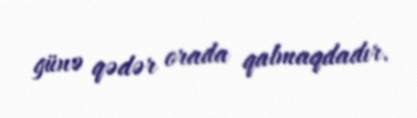
günə qədər orada qalmaqdadır.